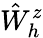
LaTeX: \hat{W}_{h}^{z}